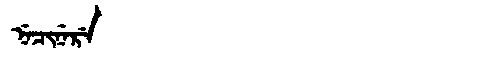
Manchu: ᠨᡝᠴᡳᠨᡝᡵᡝ
Romanization: NECINERE